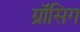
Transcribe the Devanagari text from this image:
ग्रॉसिग